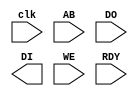
/*
 * (C) Arlet Ottens <arlet@c-scape.nl>
 * Vector changes (C) Luni Libes
 */

module ram( 
    input clk,
`ifdef ONEND
    input onend,
`endif
    input [23:0] AB,
    input [7:0] DO,
    output [7:0] DI,
    input WE,
    input RDY);

`ifdef SIM

wire OE = !WE;

reg [7:0] mem_read;

reg [7:0] mem[0:131071];
reg [7:0] vec[0:15];

initial begin
    $readmemh( "ram.hex", mem );  // load RAM file
    $readmemh( "vec.hex", vec );  // load vector file ($FFFFF0-FFFFFF)

`ifdef ONEND
    memStart = { vec[8'h0C], vec[8'h0B], vec[8'h0A] };
    for (integer i = memStart - 16; i <= memStart; i = i + 16) begin
        $display("%3h: %1h %1h %1h %1h %1h %1h %1h %1h %1h %1h %1h %1h %1h %1h %1h %1h",
            i, mem[i+0], mem[i+1], mem[i+2], mem[i+3], mem[i+4], mem[i+5], mem[i+6], mem[i+7], mem[i+8],
            mem[i+9], mem[i+10], mem[i+11], mem[i+12], mem[i+13], mem[i+14], mem[i+15]);
    end
`endif
end

// CPU read
always @(posedge clk) begin
    if( RDY ) begin
        if (AB >= 24'hFFFFF0) begin
            mem_read <= vec[AB[3:0]];
            //$display("%h: VEC[%h] = %h", AB, AB[3:0], vec[AB[3:0]]);
        end
        else begin
            mem_read <= mem[AB];
            //$display("RAM[%h] = %h", AB, mem[AB]);
        end
    end
end

// CPU write
always @(posedge clk) begin
    if( WE & RDY ) begin
        if (AB < 24'hFFFFF0) mem[AB] <= DO;
        //$display("WRITE RAM[%h] = %h", AB, DO);

`ifdef DUMPSTACK
        for (integer i = 16'h01F0; i <= 16'h01FF; i = i + 16) begin
            $display("%3h: %1h %1h %1h %1h %1h %1h %1h %1h %1h %1h %1h %1h %1h %1h %1h %1h",
                i, mem[i+0], mem[i+1], mem[i+2], mem[i+3], mem[i+4], mem[i+5], mem[i+6], mem[i+7], mem[i+8],
                mem[i+9], mem[i+10], mem[i+11], mem[i+12], mem[i+13], mem[i+14], mem[i+15]);
        end
`endif
    end
end

assign DI = mem_read;

`ifdef ONEND
    // Dump memory
    integer memStart;
    always @(posedge onend) begin
        memStart = { vec[8'h0C], vec[8'h0B], vec[8'h0A] };
        for (integer i = memStart - 16; i <= memStart; i = i + 16) begin
            $display("%3h: %1h %1h %1h %1h %1h %1h %1h %1h %1h %1h %1h %1h %1h %1h %1h %1h",
                i, mem[i+0], mem[i+1], mem[i+2], mem[i+3], mem[i+4], mem[i+5], mem[i+6], mem[i+7], mem[i+8],
                mem[i+9], mem[i+10], mem[i+11], mem[i+12], mem[i+13], mem[i+14], mem[i+15]);
        end
    end
`endif

`endif

endmodule